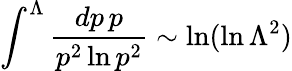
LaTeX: \int^{\Lambda}{\frac{dp\, p}{p^{2}\ln p^{2}}}\sim\ln(\ln\Lambda^{2})